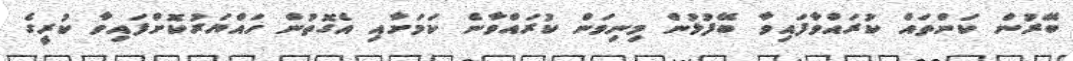
ބޭރުން ކަންތައް ކުރައްވާފައިވާ ބޭފުޅުން މިނިވަން ކުރައްވާނެ ކަމަށާއި އެގޮތުން ހައްޔަރުކޮށްފައިވާ ކުރީގެ